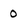
Character: O